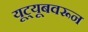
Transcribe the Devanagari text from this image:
यूट्यूबवरून